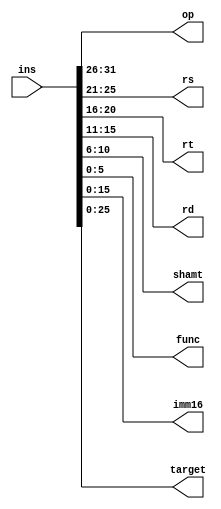
module instruction(ins, op, rs, rt, rd, shamt, func, imm16, target);
    input[31:0] ins;

    output[5:0] op, func;
    output[4:0] rs, rt, rd, shamt;
    output[15:0] imm16;
    output[25:0] target;

    assign op = ins[31:26];
    assign rs = ins[25:21];
    assign rt = ins[20:16];
    assign rd = ins[15:11];
    assign shamt = ins[10:6];
    assign func = ins[5:0];
    assign imm16 = ins[15:0];
    assign target = ins[25:0];
endmodule